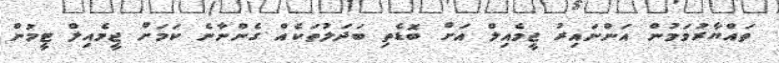
ތައްޔާރުވަމުން އަންނައިރު ޖީމެއިލް އަށް ބޮޑެތި ބަދަލުތަކެއް ގެންނާނެ ކަމަށް ޖީމެއިލް ޓީމުން